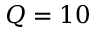
Q = 1 0